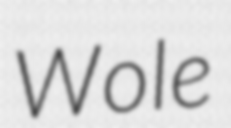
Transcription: Wole